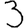
Digit: 3